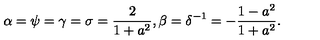
\alpha = \psi = \gamma = \sigma = \frac { 2 } { 1 + a ^ { 2 } } , \beta = \delta ^ { - 1 } = - \frac { 1 - a ^ { 2 } } { 1 + a ^ { 2 } } .